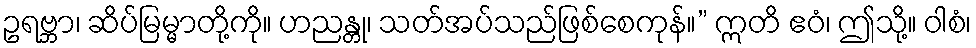
ဥရဗ္ဘာ၊ ဆိပ်မြမ္မာတို့ကို။ ဟညန္တု၊ သတ်အပ်သည်ဖြစ်စေကုန်။” ဣတိ ဧဝံ၊ ဤသို့။ ဝါစံ၊